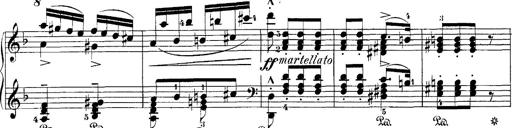
Title: Hungarian Rhapsody No.7
Composer: Franz Liszt
Key: D minor